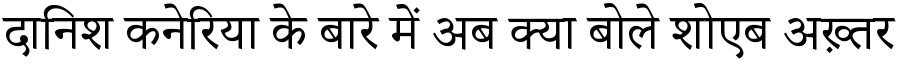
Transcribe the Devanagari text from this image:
दानिश कनेरिया के बारे में अब क्या बोले शोएब अख़्तर